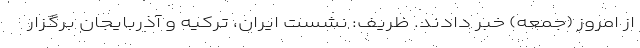
از امروز (جمعه) خبر دادند. ظریف: نشست ایران، ترکیه و آذربایجان برگزار